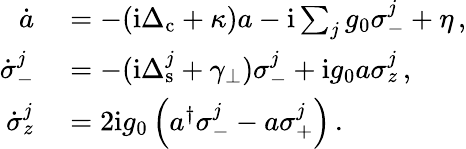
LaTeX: \begin{array}{rl}{\dot{a}}&{{}=-(\mathrm{i}\Delta_{\mathrm{c}}+\kappa)a-\mathrm{i}\sum_{j}g_{0}\sigma_{-}^{j}+\eta\, ,}\\ {\dot{\sigma}_{-}^{j}}&{{}=-(\mathrm{i}\Delta_{\mathrm{s}}^{j}+\gamma_{\perp})\sigma_{-}^{j}+\mathrm{i}g_{0}a\sigma_{z}^{j}\, ,}\\ {\dot{\sigma}_{z}^{j}}&{{}=2\mathrm{i}g_{0}\left(a^{\dagger}\sigma_{-}^{j}-a\sigma_{+}^{j}\right)\, .}\end{array}